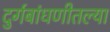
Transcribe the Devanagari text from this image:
दुर्गबांधणीतल्या